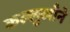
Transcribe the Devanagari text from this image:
कल्लुखाँने